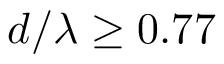
d / \lambda \ge 0 . 7 7